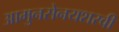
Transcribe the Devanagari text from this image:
आमुनसेनयशस्वी